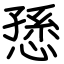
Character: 愻